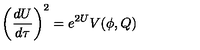
\left( \frac { d U } { d \tau } \right) ^ { 2 } = e ^ { 2 U } V ( \phi , Q )